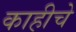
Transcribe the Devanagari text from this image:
काहीचे